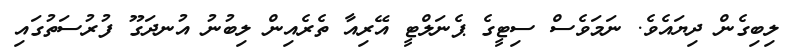
ލިބިގެން ދިޔައެވެ. ނަމަވެސް ސިޓީގެ ޕެނަލްޓީ އޭރިއާ ތެރެއިން ލިބުނު އުނދަގޫ ފުރުސަތުގައި